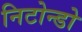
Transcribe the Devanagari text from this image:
निटोन्डो